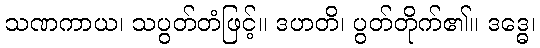
သဏကာယ၊ သပွတ်တံဖြင့်။ ဒဟတိ၊ ပွတ်တိုက်၏။ ဒဒ္ဓေ၊